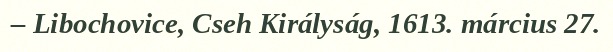
– Libochovice, Cseh Királyság, 1613. március 27.